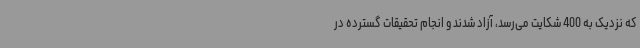
که نزدیک به 400 شکایت می‌رسد، آزاد شدند و انجام تحقیقات گسترده در